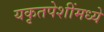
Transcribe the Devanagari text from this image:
यकृतपेशींमध्ये